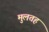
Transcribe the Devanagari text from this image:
मुलतह